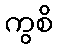
ကွစိ